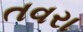
તવરા